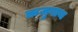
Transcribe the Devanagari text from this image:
ऋजुगाथ